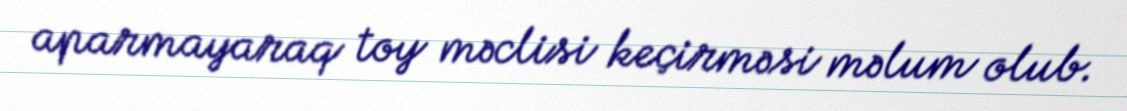
aparmayaraq toy məclisi keçirməsi məlum olub.